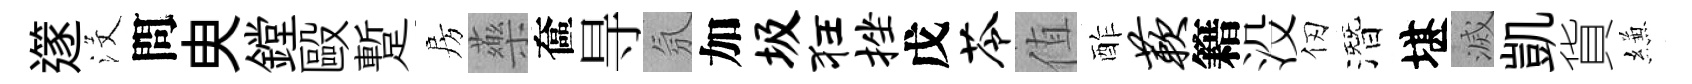
𨗹沒問㬰鏜毆蹔房藥奩㝵氛加圾狂挫戊苓值酢蔌籍没仞潛堪滅凱貨縑